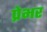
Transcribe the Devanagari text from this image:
प्रेभर